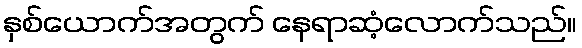
နှစ်ယောက်အတွက် နေရာဆံ့လောက်သည်။